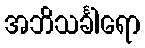
အဘိသင်္ခါရော